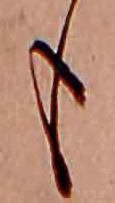
も